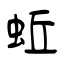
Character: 蚯